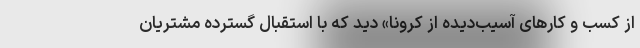
از کسب و کارهای آسیب‌دیده از کرونا» دید که با استقبال گسترده مشتریان